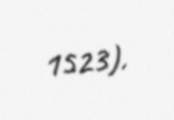
1523).